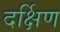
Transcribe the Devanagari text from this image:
दर्क्षिण